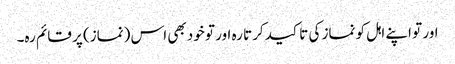
اور تو اپنے اہل کو نماز کی تا کید کرتا رہ اور تو خود بھی اس (نماز) پر قائم رہ۔